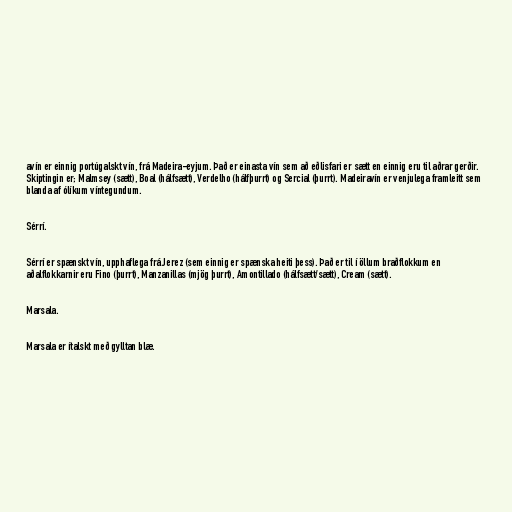
avín er einnig portúgalskt vín, frá Madeira-eyjum. Það er einasta vín sem að eðlisfari er sætt en einnig eru til aðrar gerðir.
Skiptingin er; Malmsey (sætt), Boal (hálfsætt), Verdelho (hálfþurrt) og Sercial (þurrt). Madeiravín er venjulega framleitt sem
blanda af ólíkum víntegundum.

Sérrí.

Sérrí er spænskt vín, upphaflega frá Jerez (sem einnig er spænska heiti þess). Það er til í öllum braðflokkum en
aðalflokkarnir eru Fino (þurrt), Manzanillas (mjög þurrt), Amontillado (hálfsætt/sætt), Cream (sætt).

Marsala.

Marsala er ítalskt með gylltan blæ.